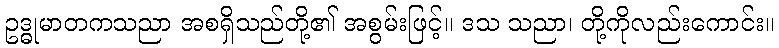
ဥဒ္ဓုမာတကသညာ အစရှိသည်တို့၏ အစွမ်းဖြင့်။ ဒသ သညာ၊ တို့ကိုလည်းကောင်း။